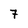
Character: 7